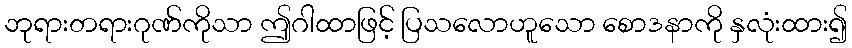
ဘုရားတရားဂုဏ်ကိုသာ ဤဂါထာဖြင့် ပြသလောဟူသော စောဒနာကို နှလုံးထား၍